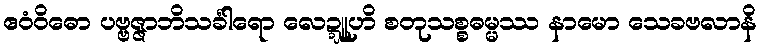
ဧဝံဝိဓော ပဗ္ဗဇ္ဇာဘိသင်္ခါရော လေဍ္ဍူဟိ စတုသစ္စဓမ္မဿ နာမော သေခဗလာနိ